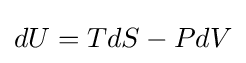
dU=TdS-PdV